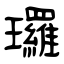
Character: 㼈